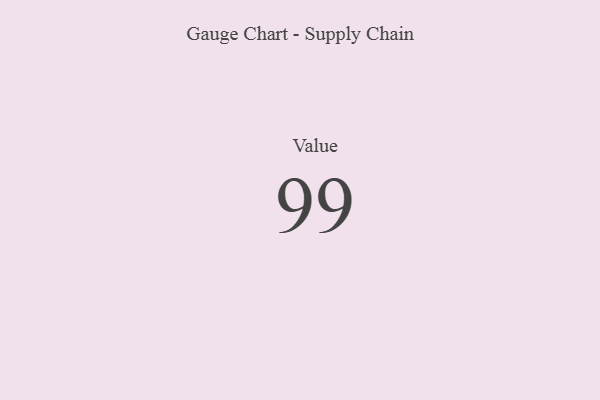
{"axis": {"x": "Metric", "y": "Value"}, "legend": [""], "data": [{"x": "Value", "y": 99, "type": ""}]}